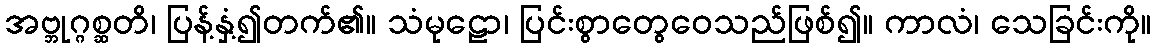
အဗ္ဘုဂ္ဂစ္ဆတိ၊ ပြန့်နှံ့၍တက်၏။ သံမုဠော၊ ပြင်းစွာတွေဝေသည်ဖြစ်၍။ ကာလံ၊ သေခြင်းကို။